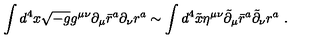
\int d ^ { 4 } x \sqrt { - g } g ^ { \mu \nu } \partial _ { \mu } \bar { r } ^ { a } \partial _ { \nu } r ^ { a } \sim \int d ^ { 4 } \tilde { x } \eta ^ { \mu \nu } \tilde { \partial } _ { \mu } \bar { r } ^ { a } \tilde { \partial } _ { \nu } r ^ { a } \ .